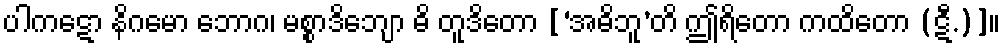
ပါကဋော နိဂမော ဘောဂ၊ မစ္စာဒိဘျော ဓိ တူဒိတော [‘အဓိဘူ’တိ ဤရိတော ကထိတော (ဋီ.)]။